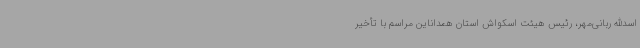
اسدالله ربانی‌مهر، رئیس هیئت اسکواش استان همداناین مراسم با تأخیر